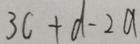
3 c + d - 2 a